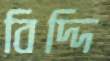
বিদ্দি